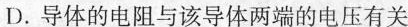
D.导体的电阻与该导体两端的电压有关